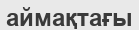
аймақтағы